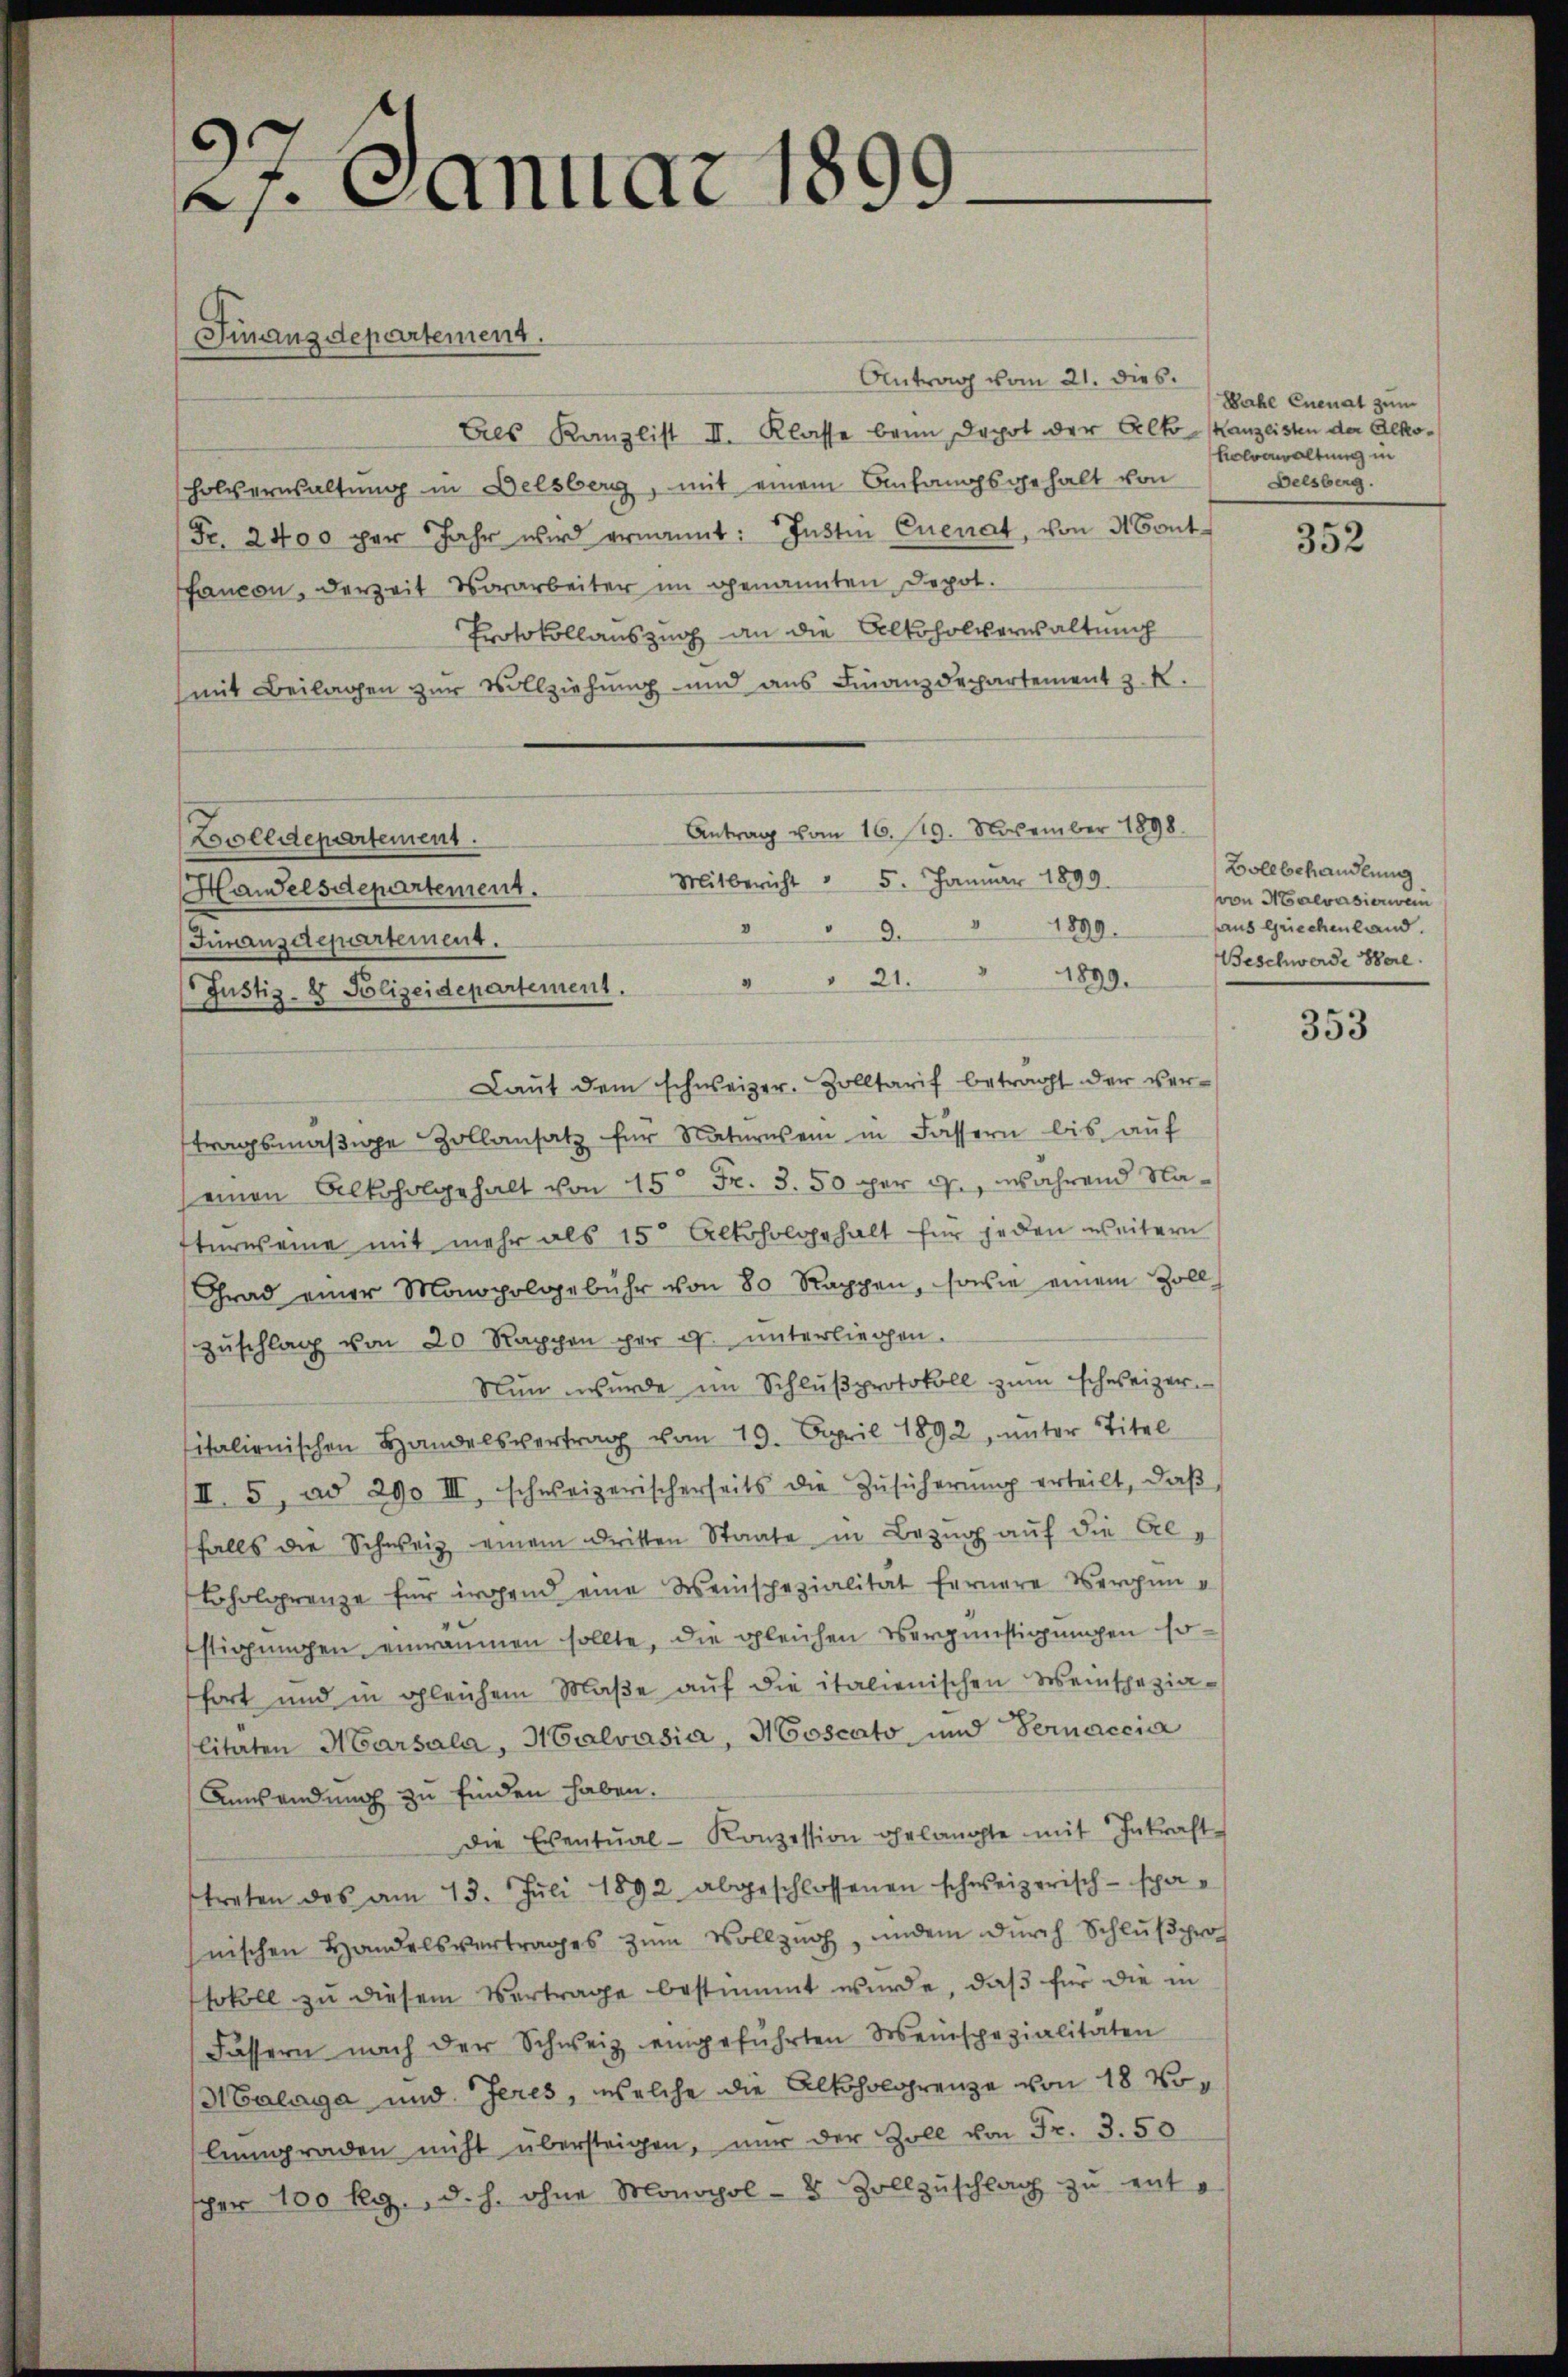
.
21. Januar 1899.
Finanzdepartement.

Antrag vom 21. dies.
Als Kanzlist II. Klasse beim Depot der Alto-Kanzlisten der Alkoholverwaltung in Delsberg, mit einem Anfangsgehalt von
Fr. 2400 per Jahr wird ernannt: Instin Quenat, von Mont
fancon, derzeit Vorarbeiter im genannten Depot.
Protokollauszug an die Alkoholverwaltung
(mit Beilagen zur Vollziehung und aus Finanzdechartement z. K.
Zolldepartement.
Handelsdepartement.
Finanzdepartement.
Justiz- & Polizeidepartement. " " 21. 1899.
Laŭt dem schweizer. Zolltarif betracht der vertragsmäßige Zollansatz für Naturwein in Fassern bis auf
seinen Alkoholgehalt von 15 Fr. 3. 50 per c., während Naterweine mit mehr als 15t Alkoholgehalt für jeden weitern
Grad einer Monopolgebühr von 80 Rappen, sowie einem Zoll
Zŭschlag von 20 Rappen per u unterliegen.
Nŭn wurde im Schlŭβprotokoll zŭm Schweizer.
sitalienischen Handelsvertrag vom 19. April 1892, unter Titel
II. 5, ad 290 III, schweizerischerseits die Zŭsicherŭng erteilt, daβ
falls die Schweiz einem dritten Staate in Bezug auf die Al¬
Loholgrenze für irgend eine Weinspezialität fernere Vergünstigungen einräumen sollte, die gleichen Vergünstigungen sofort und in gleichem Maβe aŭf die italienischen Weinschazialitäten Marsala, Malvasia, Moscato und Pernaccia
Anwendung zu finden haben.
Die Eventŭal-Konzession gelangte mit Inkraft
treten das am 13. Juli 1892 abgeschlossenen schweizerisch-spanischen Handelsvertrages zŭm Vollzug, indem durch Schlußprotokoll zu diesem Vertrage bestimmt wŭrde, daβ für die in
Fässern nach der Schweiz eingeführten Weinspezialitäten
Malaga und Theres, welche die Alkoholgrenze von 18 Volngraden nicht übersteigen, nŭr der Zoll von Fr. 3. 50
scher 100 kg., d. h. ohne Monohol - 5 Zoll zŭschlag zŭ ent¬

Antrag vom 16. 119. November 1898.
Mitbericht " 5. Januar 1899.
1899.
8

Wahl Enenat zum
helverwaltung in
Delsberg.

352

Bollbehandlung
von Haevasierwein
haus griechenland
Beschwerde Sere

353